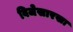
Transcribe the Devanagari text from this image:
विजेसारखा